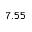
7 . 5 5